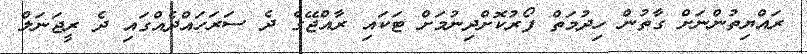
ރައްޔިތުންނަށް ގާތުން ހިދުމަތް ފޯރުކޮށްދިނުމަށް ޓަކައި ރާއްޖޭގެ ދެ ސަރަހައްދެއްގައި ދެ ރީޖަނަލް